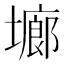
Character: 𭏱